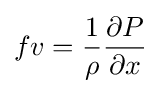
fv={1 \over \rho }{\partial P \over \partial x}